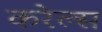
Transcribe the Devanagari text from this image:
करेल्स